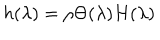
LaTeX: h ( \lambda ) = \rho \Theta ( \lambda ) H ( \lambda )